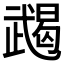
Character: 𢎔